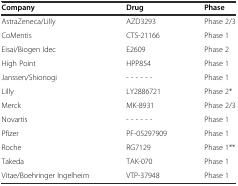
| Company | Drug | Phase |
 | --- | --- | --- |
 | AstraZeneca/Lilly | AZD3293 | Phase 2/3 |
 | CoMentis | CTS-21166 | Phase 1 |
 | Eisai/Biogen Idec | E2609 | Phase 2 |
 | High Point | HPP854 | Phase 1 |
 | Janssen/Shionogi | - - - - - - | Phase 1 |
 | Lilly | LY2886721 | Phase 2* |
 | Merck | MK-8931 | Phase 2/3 |
 | Novartis | - - - - - - | Phase 1 |
 | Pfizer | PF-05297909 | Phase 1 |
 | Roche | RG7129 | Phase 1** |
 | Takeda | TAK-070 | Phase 1 |
 | Vitae/Boehringer Ingelheim | VTP-37948 | Phase 1 |